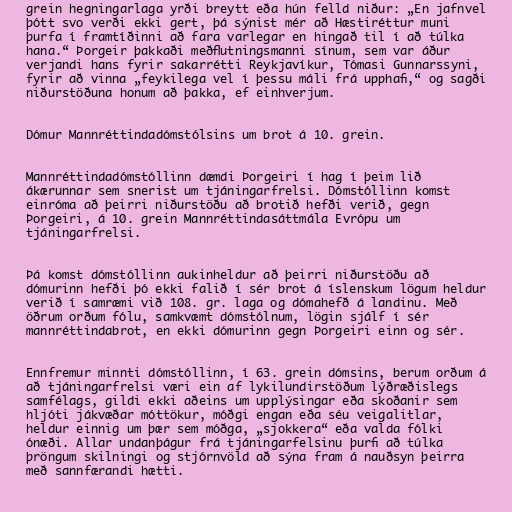
grein hegningarlaga yrði breytt eða hún felld niður: „En jafnvel
þótt svo verði ekki gert, þá sýnist mér að Hæstiréttur muni
þurfa í framtíðinni að fara varlegar en hingað til í að túlka
hana.“ Þorgeir þakkaði meðflutningsmanni sínum, sem var áður
verjandi hans fyrir sakarrétti Reykjavíkur, Tómasi Gunnarssyni,
fyrir að vinna „feykilega vel í þessu máli frá upphafi,“ og sagði
niðurstöðuna honum að þakka, ef einhverjum.

Dómur Mannréttindadómstólsins um brot á 10. grein.

Mannréttindadómstóllinn dæmdi Þorgeiri í hag í þeim lið
ákærunnar sem snerist um tjáningarfrelsi. Dómstóllinn komst
einróma að þeirri niðurstöðu að brotið hefði verið, gegn
Þorgeiri, á 10. grein Mannréttindasáttmála Evrópu um
tjáningarfrelsi.

Þá komst dómstóllinn aukinheldur að þeirri niðurstöðu að
dómurinn hefði þó ekki falið í sér brot á íslenskum lögum heldur
verið í samræmi við 108. gr. laga og dómahefð á landinu. Með
öðrum orðum fólu, samkvæmt dómstólnum, lögin sjálf í sér
mannréttindabrot, en ekki dómurinn gegn Þorgeiri einn og sér.

Ennfremur minnti dómstóllinn, í 63. grein dómsins, berum orðum á
að tjáningarfrelsi væri ein af lykilundirstöðum lýðræðislegs
samfélags, gildi ekki aðeins um upplýsingar eða skoðanir sem
hljóti jákvæðar móttökur, móðgi engan eða séu veigalitlar,
heldur einnig um þær sem móðga, „sjokkera“ eða valda fólki
ónæði. Allar undanþágur frá tjáningarfelsinu þurfi að túlka
þröngum skilningi og stjórnvöld að sýna fram á nauðsyn þeirra
með sannfærandi hætti.